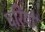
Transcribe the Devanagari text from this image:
घरियों